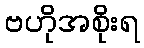
ဗဟိုအစိုးရ